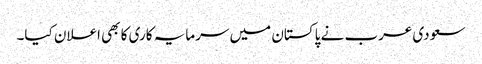
سعودی عرب نے پاکستان میں سرمایہ کاری کا بھی اعلان کیا۔